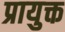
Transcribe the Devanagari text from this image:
प्रायुक्त